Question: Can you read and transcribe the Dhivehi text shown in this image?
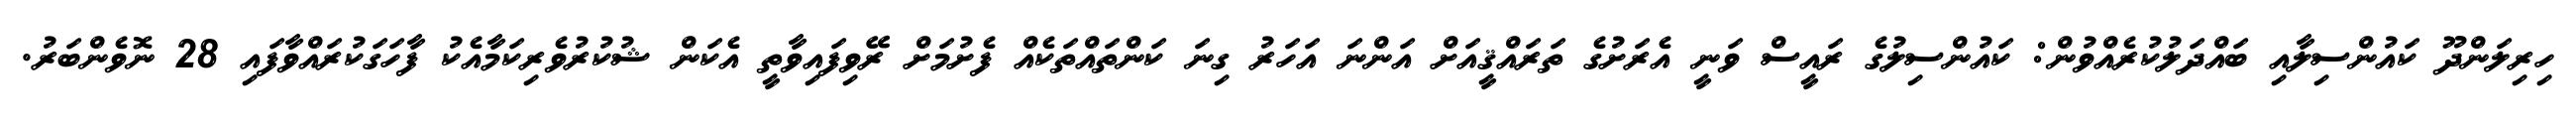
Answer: ހިރިލަންދޫ ކައުންސިލާއި ބައްދަލުކުރެއްވުން: ކައުންސިލުގެ ރައީސް ވަނީ އެރަށުގެ ތަރައްޤީއަށް އަންނަ އަހަރު ގިނަ ކަންތައްތަކެއް ފެށުމަށް ރޭވިފައިވާތީ އެކަން ޝުކުރުވެރިކަމާއެކު ފާހަގަކުރައްވާފައި 28 ނޮވެންބަރު.